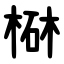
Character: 㮟